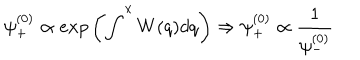
LaTeX: \psi _ { + } ^ { ( 0 ) } \propto e x p \left( \int ^ { x } W ( q ) d q \right) \Rightarrow \psi _ { + } ^ { ( 0 ) } \propto \frac { 1 } { \psi _ { - } ^ { ( 0 ) } }